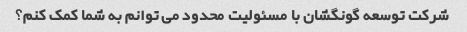
شرکت توسعه گونگشان با مسئولیت محدود می توانم به شما کمک کنم؟